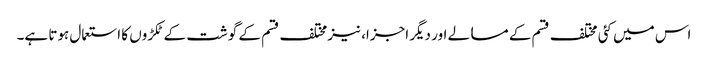
اس میں کئی مختلف قسم کے مسالے اور دیگر اجزا، نیز مختلف قسم کے گوشت کے ٹکڑوں کا استعمال ہوتا ہے۔